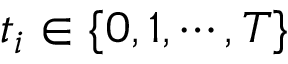
t _ { i } \in \{ 0 , 1 , \cdots , T \}